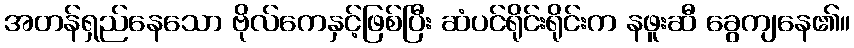
အတန်ရှည်နေသော ဗိုလ်ကေနှင့်ဖြစ်ပြီး ဆံပင်ရိုင်းရိုင်းက နဖူးဆီ ခွေကျနေ၏။